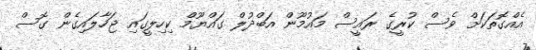
އެއްގޮތަކަށް ވެސް ކުރީގެ ރައީސް މައުމޫން އަބްދުލް ގައްޔޫމް ކިހިލީގައި ޖަހާލައިގެން ގޮސް